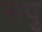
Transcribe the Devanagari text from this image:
सपृ